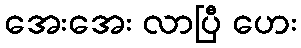
အေးအေး လာပြီ ဟေး